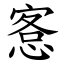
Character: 愙